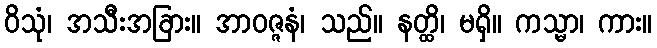
ဝိသုံ၊ အသီးအခြား။ အာဝဇ္ဇနံ၊ သည်။ နတ္ထိ၊ မရှိ။ ကသ္မာ၊ ကား။